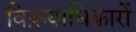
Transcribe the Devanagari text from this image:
विक्रयाधिकारों